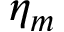
\eta _ { m }